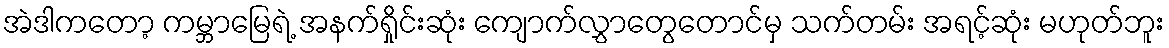
အဲဒါကတော့ ကမ္ဘာမြေရဲ့ အနက်ရှိုင်းဆုံး ကျောက်လွှာတွေတောင်မှ သက်တမ်း အရင့်ဆုံး မဟုတ်ဘူး